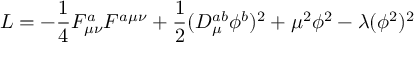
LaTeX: { \cal L } = - \frac { 1 } { 4 } F _ { \mu \nu } ^ { a } F ^ { a \mu \nu } + \frac { 1 } { 2 } ( { \cal D } _ { \mu } ^ { a b } \phi ^ { b } ) ^ { 2 } + \mu ^ { 2 } \phi ^ { 2 } - \lambda ( \phi ^ { 2 } ) ^ { 2 }